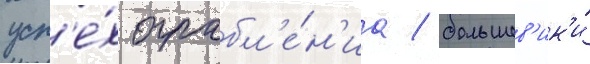
усп'е́х ограбл'е́н'иа / большев'ик'и́